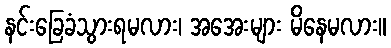
နင်းခြေခံသွားရမလား၊ အအေးများ မိနေမလား။